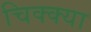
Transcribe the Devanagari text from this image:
चिक्क्या